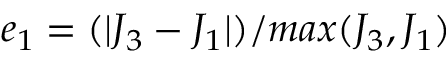
e _ { 1 } = ( | J _ { 3 } - J _ { 1 } | ) / m a x ( J _ { 3 } , J _ { 1 } )